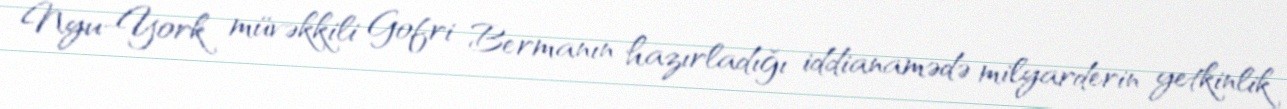
Nyu-York müvəkkili Gofri Bermanın hazırladığı iddianamədə milyarderin yetkinlik